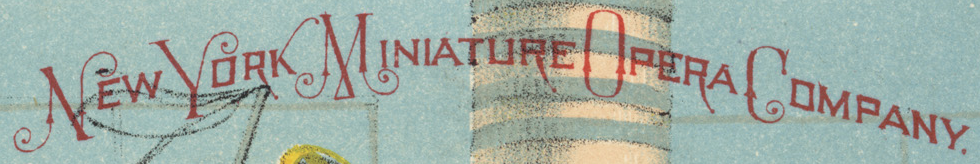
NEW YORK MINIATURE OPERA COMPANY.